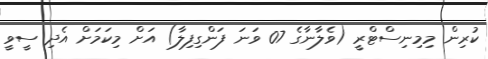
ކުރިން މިމިނިސްޓްރީ (ވެލާނާގެ 07 ވަނަ ފަންގިފިލާ) އަށް މިކަމަށް އެދި ސީވީ